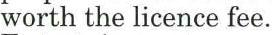
worth the licence fee.